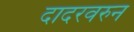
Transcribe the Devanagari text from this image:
दादरवरुन